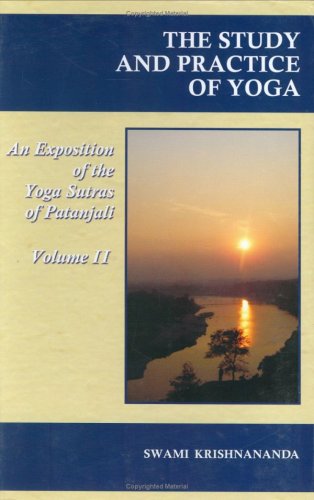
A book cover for The Study And Practice Of Yoga/An Exposition of the Yoga Sutras of Patanjali/VolumeII; Swami Krishnananda; Religion & Spirituality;